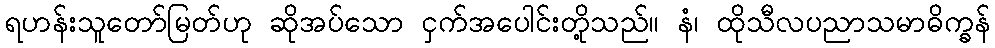
ရဟန်းသူတော်မြတ်ဟု ဆိုအပ်သော ငှက်အပေါင်းတို့သည်။ နံ၊ ထိုသီလပညာသမာဓိက္ခန်